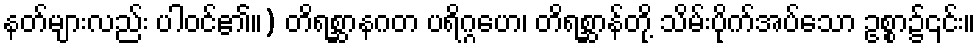
နတ်များလည်း ပါဝင်၏။) တိရစ္ဆာနဂတ ပရိဂ္ဂဟေ၊ တိရစ္ဆာန်တို့ သိမ်းပိုက်အပ်သော ဥစ္စာ၌၎င်း။